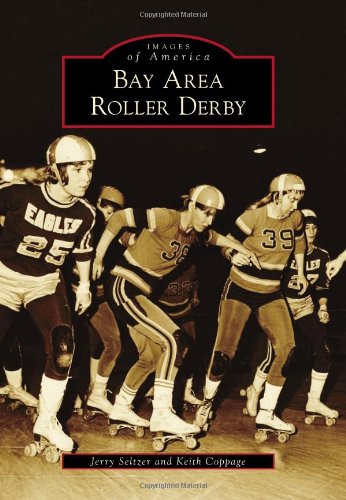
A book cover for Bay Area Roller Derby (Images of America); Jerry Seltzer; Sports & Outdoors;